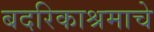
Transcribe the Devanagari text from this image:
बदरिकाश्रमाचे